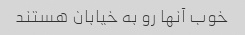
خوب آنها رو به خیابان هستند